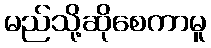
မည်သို့ဆိုစေကာမူ